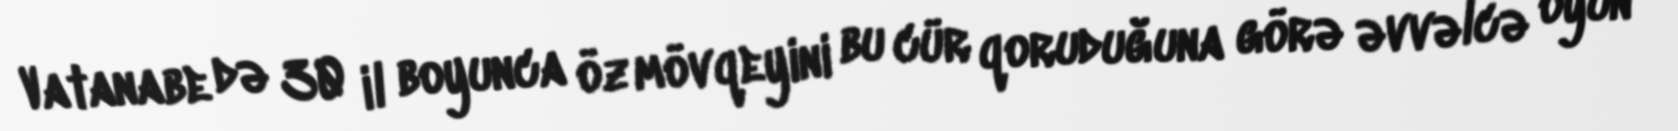
Vatanabe də 30 il boyunca öz mövqeyini bu cür qoruduğuna görə əvvəlcə oyun